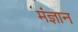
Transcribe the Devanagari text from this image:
मंज्ञान